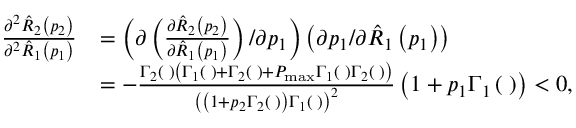
\begin{array} { r l } { \frac { { { \partial ^ { 2 } } { { \hat { R } } _ { 2 } } \left( { { p _ { 2 } } } \right) } } { { { \partial ^ { 2 } } { { \hat { R } } _ { 1 } } \left( { { p _ { 1 } } } \right) } } } & { = \left( { \partial \left( { \frac { { \partial { { \hat { R } } _ { 2 } } \left( { { p _ { 2 } } } \right) } } { { \partial { { \hat { R } } _ { 1 } } \left( { { p _ { 1 } } } \right) } } } \right) / \partial { p _ { 1 } } } \right) \left( { \partial { p _ { 1 } } / \partial { { \hat { R } } _ { 1 } } \left( { { p _ { 1 } } } \right) } \right) } \\ & { = - \frac { { { \Gamma _ { 2 } } \left( { \bf { \Theta } } \right) \left( { { \Gamma _ { 1 } } \left( { \bf { \Theta } } \right) + { \Gamma _ { 2 } } \left( { \bf { \Theta } } \right) + { P _ { \operatorname* { m a x } } } { \Gamma _ { 1 } } \left( { \bf { \Theta } } \right) { \Gamma _ { 2 } } \left( { \bf { \Theta } } \right) } \right) } } { { { { \left( { \left( { 1 + { p _ { 2 } } { \Gamma _ { 2 } } \left( { \bf { \Theta } } \right) } \right) { \Gamma _ { 1 } } \left( { \bf { \Theta } } \right) } \right) } ^ { 2 } } } } \left( { 1 + { p _ { 1 } } { \Gamma _ { 1 } } \left( { \bf { \Theta } } \right) } \right) < 0 , } \end{array}